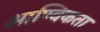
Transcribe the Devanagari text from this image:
आण्विकता